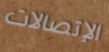
الإتصالات